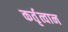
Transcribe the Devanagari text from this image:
कर्तृत्वान